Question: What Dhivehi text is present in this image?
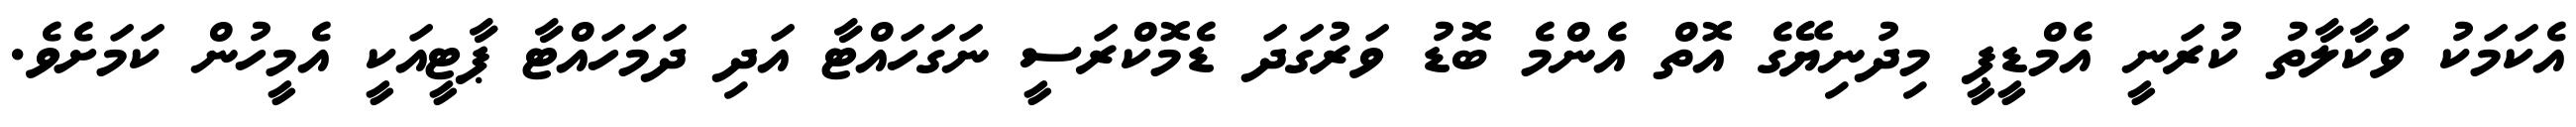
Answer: އެކަމަކު ވަކާލާތު ކުރަނީ އެމްޑީޕީ މިދުނިޔޭގެ އޮތް އެންމެ ބޮޑު ވަރުގަދަ ޑެމޮކްރަސީ ނަގަހައްޓާ އަދި ދަމަހައްޓާ ޕާޓީއަކީ އެމީހުން ކަމަށެވެ.